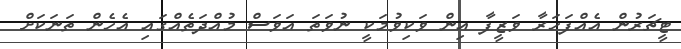
ޓީޗަރުން އެއްފަހަރާ ވަޒީފާ އިން ވަކިވުމަކީ ނުވަތަ އަވަސް މުއްދަތެއްގައި އެހެން ތަނަކަށް